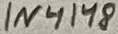
Text: 1N4148